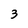
Character: 3